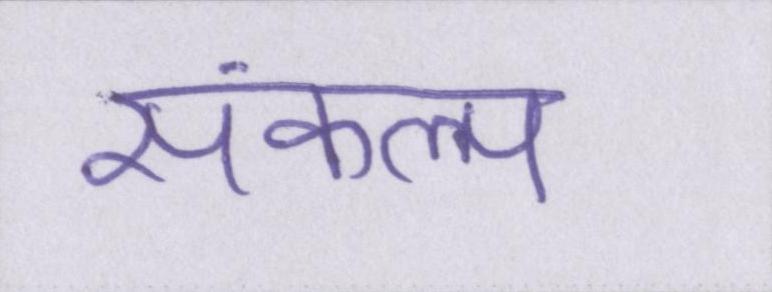
संकल्प